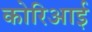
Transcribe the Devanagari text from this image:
कोरिआई